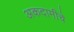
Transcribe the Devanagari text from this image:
अकदामीचे